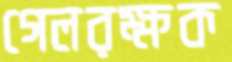
গেলরক্ষক